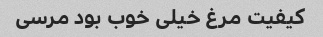
کیفیت مرغ خیلی خوب بود مرسی